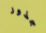
جذور